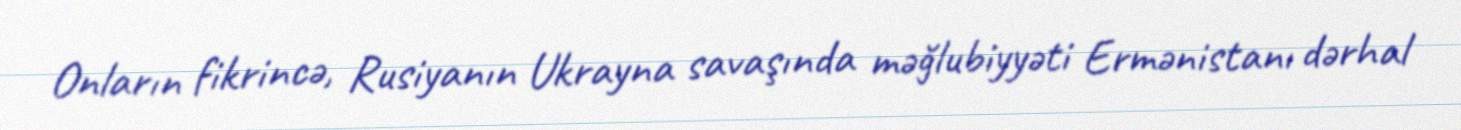
Onların fikrincə, Rusiyanın Ukrayna savaşında məğlubiyyəti Ermənistanı dərhal